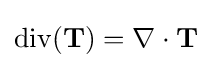
\operatorname {div} (\mathbf {T} )=\nabla \cdot \mathbf {T}